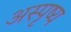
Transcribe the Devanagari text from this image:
अस्पृष्य